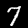
Label: 7